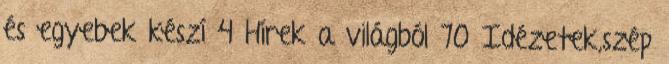
és egyebek készí 4 Hírek a világból 70 Idézetek,szép